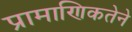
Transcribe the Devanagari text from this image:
प्रामाणिकतेने